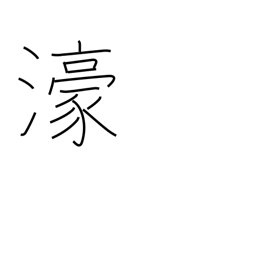
Meaning: Australia